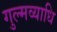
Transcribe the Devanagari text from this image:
गुल्मव्याधि